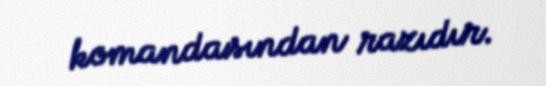
komandasından razıdır.